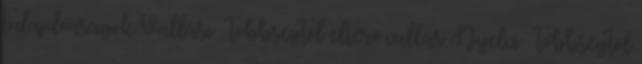
tulajdonságok Vallási → többségtől eltérő vallás Nyelvi → többségtől